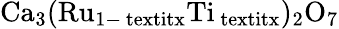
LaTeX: \mathrm{{Ca}_{3}(\mathrm{{Ru}_{1-\ textit{x}}\mathrm{{Ti}_{\ textit{x}})_{2}\mathrm{{O}_{7}}}}}